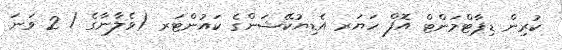
ކުރިން ޑިޕާޓްމަންޓް އޮފް ހަޔަރ އެޑިޔުކޭޝަންގެ ކައުންޓަރ (ވެލާނާގެ / 2 ވަނަ